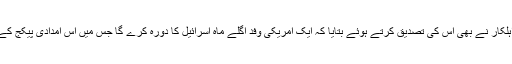
روئٹرز کے مطابق ایک سینیئر اسرائیلی اہلکار نے بھی اس کی تصدیق کرتے ہوئے بتایا کہ ایک امریکی وفد اگلے ماہ اسرائیل کا دورہ کرے گا جس میں اس امدادی پیکج کے بارے میں تفصیلات طے کی جائیں گی۔